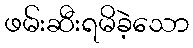
ဖမ်းဆီးရမိခဲ့သော